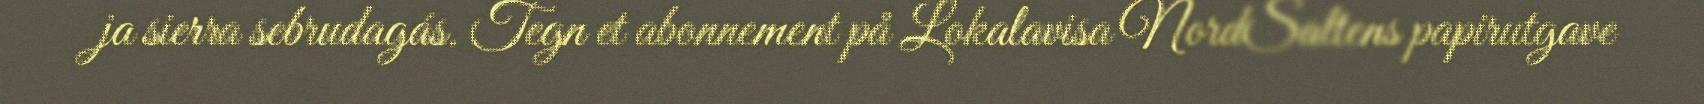
ja sierra sebrudagás. Tegn et abonnement på Lokalavisa NordSaltens papirutgave